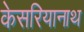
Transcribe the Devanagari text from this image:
केसरियानाथ